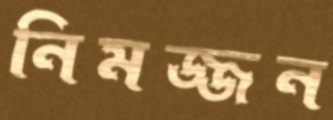
নিমজ্জন